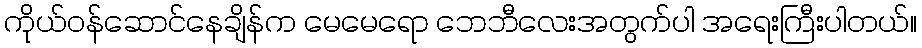
ကိုယ်ဝန်ဆောင်နေချိန်က မေမေရော ဘေဘီလေးအတွက်ပါ အရေးကြီးပါတယ်။